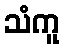
သံကူ